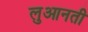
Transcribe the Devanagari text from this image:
लुआनती